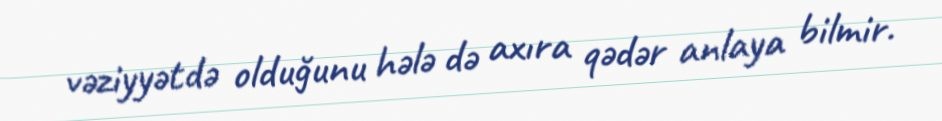
vəziyyətdə olduğunu hələ də axıra qədər anlaya bilmir.